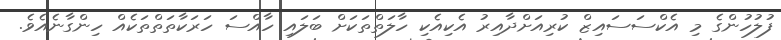
ފުލުހުންގެ މި އެކްސަސައިޒް ކުރިއަށްދާއިރު އެކިއެކި ހާލަތްތަކަށް ބަލައި ހާއްސަ ހަރަކާތަތްތަކެއް ހިންގާނެއެވެ.